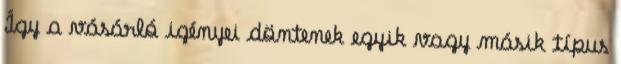
Így a vásárló igényei döntenek egyik vagy másik típus